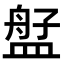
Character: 𬐫